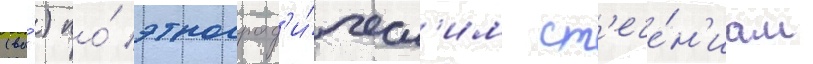
(ва́) по́ этнограф'и́ческ'им ст'ече́н'иам